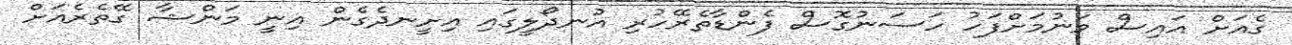
ގެއަށް އައިސް ވަނުމަށްފަހު ހަސަނުގޮސް ފެންޑާތެރޭހުރި އުނދޯލީގައި އިށީނދެގެން އިނީ މަންޝާ ގޭތެރެއަށް